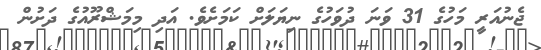
ޖެނުއަރީ މަހުގެ 31 ވަނަ ދުވަހުގެ ނިޔަލަށް ކަމަށެވެ. އަދި މިމަޝްރޫއުގެ ދަށުން